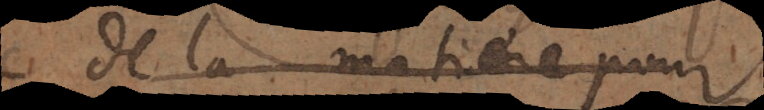
de la matiere pour